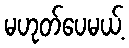
မဟုတ်ပေမယ့်